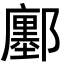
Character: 鄽